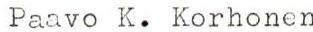
Paavo K. Korhonen